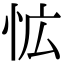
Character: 𭜡